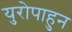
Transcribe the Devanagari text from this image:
युरोपाहुन